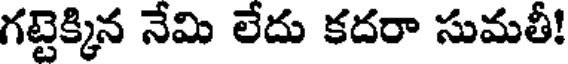
గట్టెక్కిన నేమి లేదు కదరా సుమతీ!